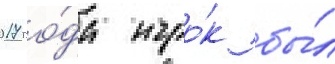
2017 го́да игро́к бы́л